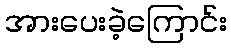
အားပေးခဲ့ကြောင်း